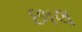
છાલ